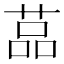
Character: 䓵